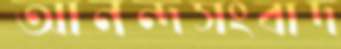
আনন্দসংবাদ